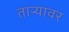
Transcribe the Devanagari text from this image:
ताऱ्यावर